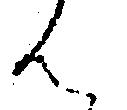
ん